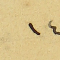
١٤